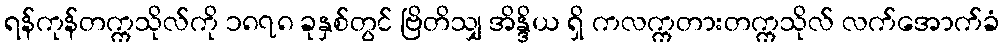
ရန်ကုန်တက္ကသိုလ်ကို ၁၈၇၈ ခုနှစ်တွင် ဗြိတိသျှ အိန္ဒိယ ရှိ ကလက္ကတားတက္ကသိုလ် လက်အောက်ခံ